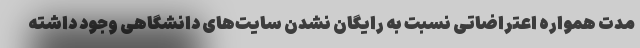
مدت همواره اعتراضاتی نسبت به رایگان نشدن سایت‌های دانشگاهی وجود داشته